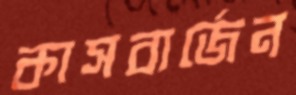
কাসবার্জেন